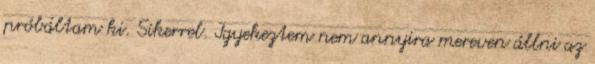
próbáltam ki. Sikerrel. Igyekeztem nem annyira mereven állni az